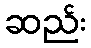
ဆည်း